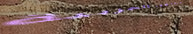
مستشفى العربية